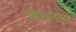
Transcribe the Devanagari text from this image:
प्रॉब्लम्